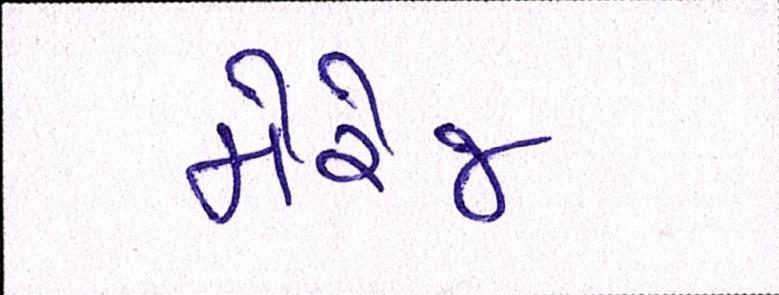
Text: મેરેજ